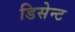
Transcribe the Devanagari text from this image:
डिसेन्ट